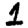
Digit: 1